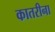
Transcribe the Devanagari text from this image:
कातरीना